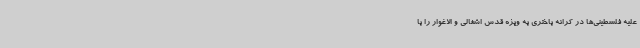
علیه فلسطینی‌ها در کرانه باختری به ویژه قدس اشغالی و الاغوار را با